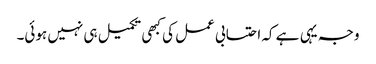
وجہ یہی ہے کہ احتسابی عمل کی کبھی تکمیل ہی نہیں ہوئی۔